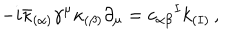
- i \bar { \kappa } _ { ( \alpha ) } \gamma ^ { \mu } \kappa _ { ( \beta ) } \partial _ { \mu } = c _ { \alpha \beta } { } ^ { I } k _ { ( I ) } \, ,